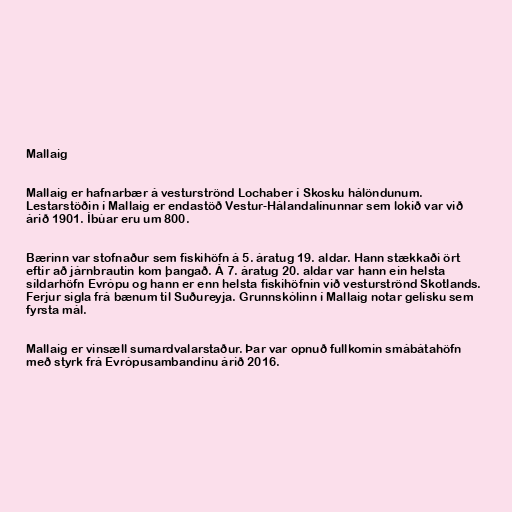
Mallaig

Mallaig er hafnarbær á vesturströnd Lochaber í Skosku hálöndunum.
Lestarstöðin í Mallaig er endastöð Vestur-Hálandalínunnar sem lokið var við
árið 1901. Íbúar eru um 800.

Bærinn var stofnaður sem fiskihöfn á 5. áratug 19. aldar. Hann stækkaði ört
eftir að járnbrautin kom þangað. Á 7. áratug 20. aldar var hann ein helsta
síldarhöfn Evrópu og hann er enn helsta fiskihöfnin við vesturströnd Skotlands.
Ferjur sigla frá bænum til Suðureyja. Grunnskólinn í Mallaig notar gelísku sem
fyrsta mál.

Mallaig er vinsæll sumardvalarstaður. Þar var opnuð fullkomin smábátahöfn
með styrk frá Evrópusambandinu árið 2016.